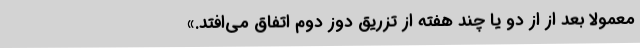
معمولا بعد از از دو یا چند هفته از تزریق دوز دوم اتفاق می‌افتد.»